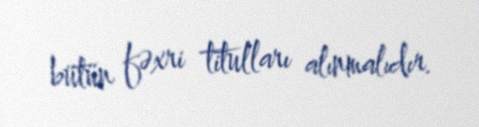
bütün fəxri titulları alınmalıdır.